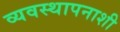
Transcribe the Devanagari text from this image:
व्यवस्थापनाशी